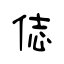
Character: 俧